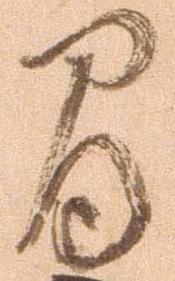
間